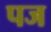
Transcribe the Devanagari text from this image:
पज